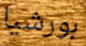
بورشيا